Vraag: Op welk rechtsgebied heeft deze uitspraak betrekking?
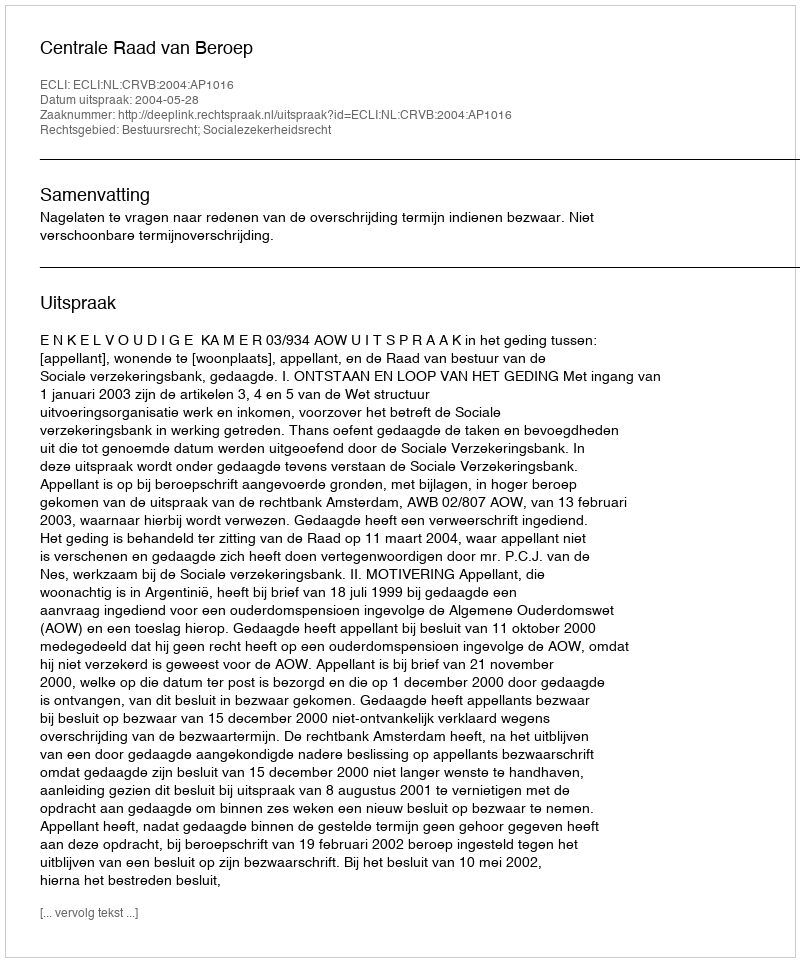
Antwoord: Bestuursrecht; Socialezekerheidsrecht